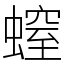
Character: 螲